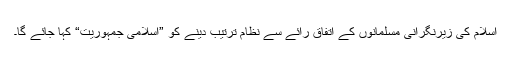
اسلام کی زیرنگرانی مسلمانوں کے اتفاق رائے سے نظام ترتیب دینے کو ”اسلامی جمہوریت“ کہا جائے گا۔